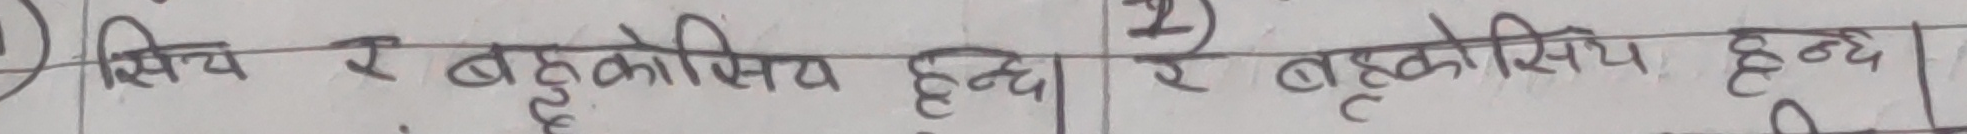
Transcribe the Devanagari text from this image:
सिंच र बहुकोशिय हुन्छ। र बहुकोसिय हुन्छ।